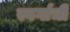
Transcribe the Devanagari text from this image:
स्वर्गाची